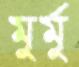
মুর্মু